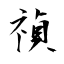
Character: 禎